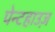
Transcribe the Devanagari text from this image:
पेन्टहाउज़